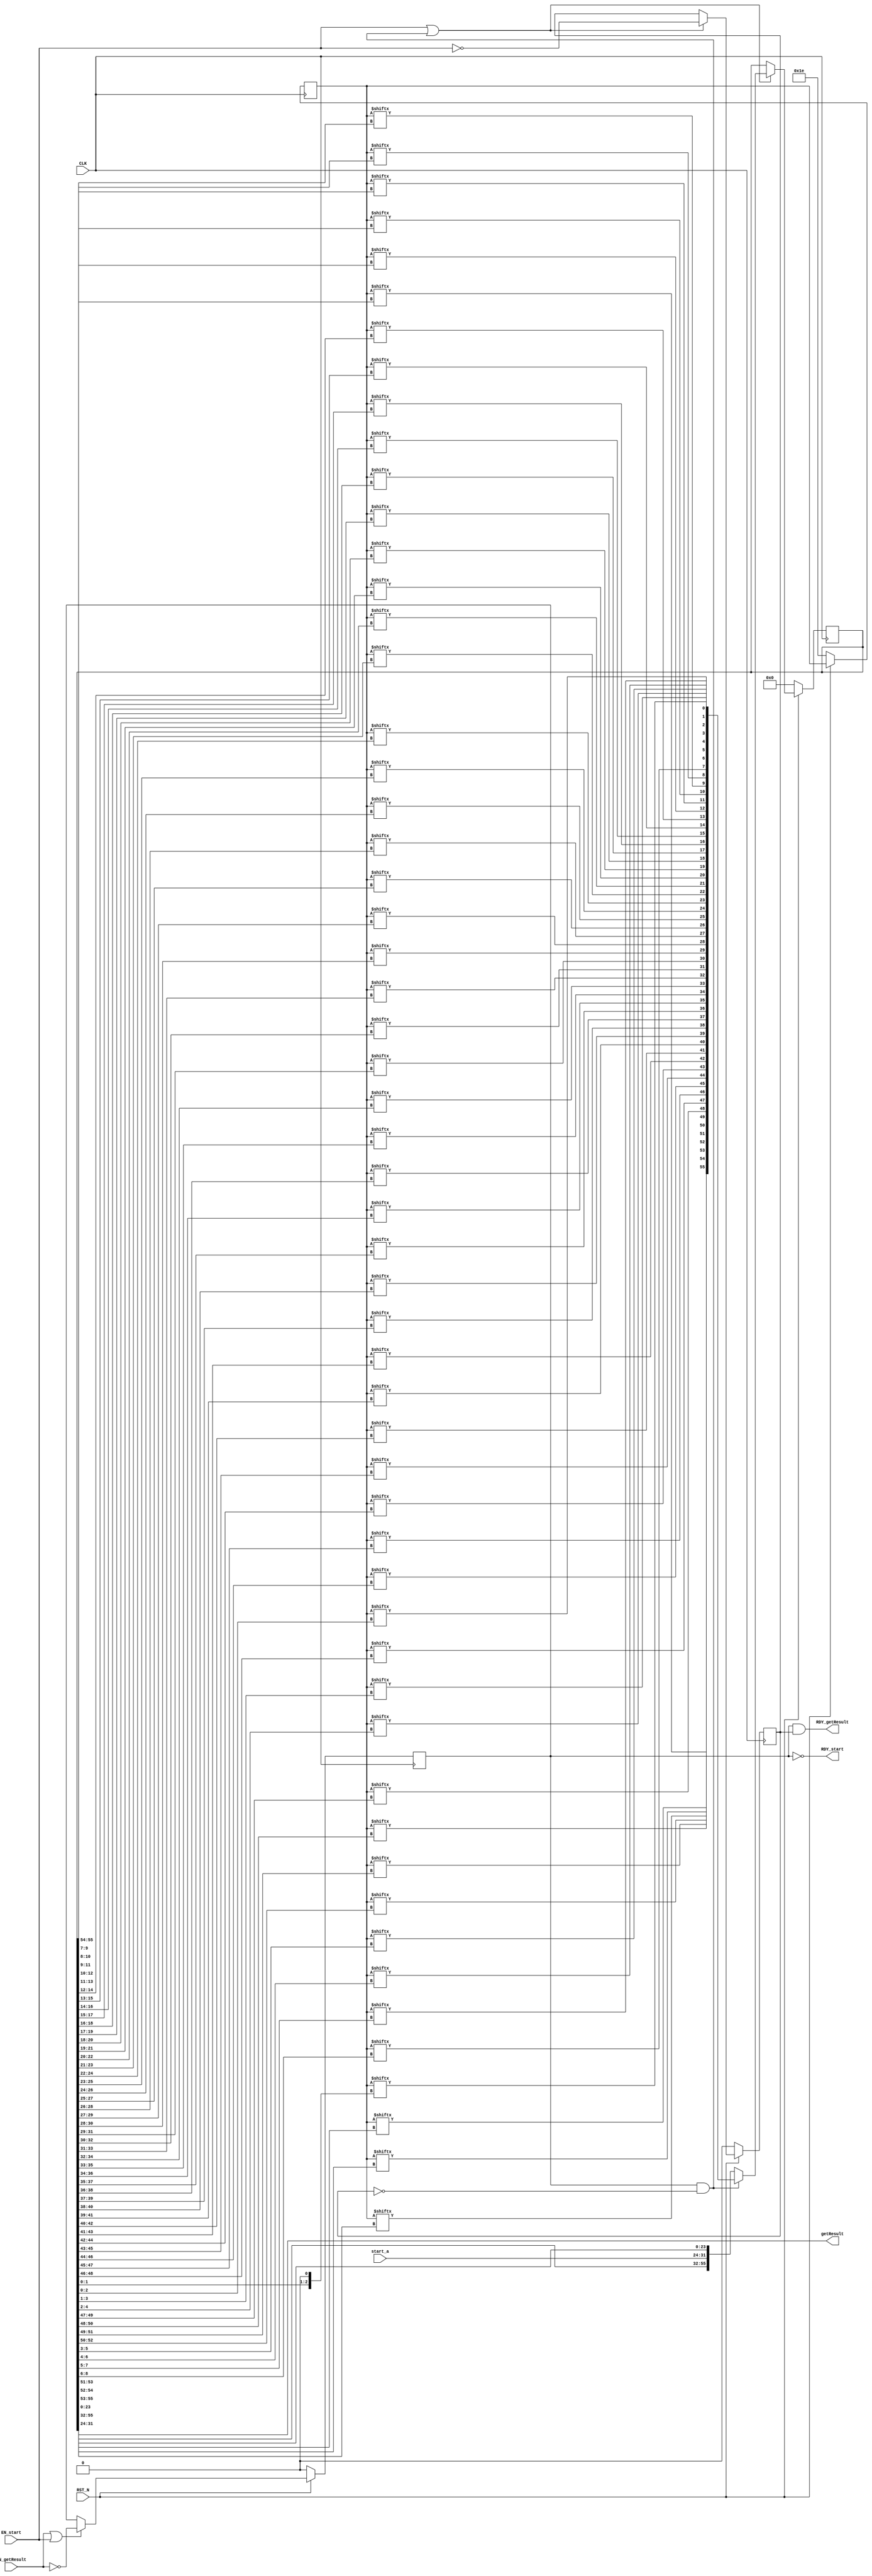
//
// Generated by Bluespec Compiler, version 2024.01-1-g4d953407 (build 4d953407)
//
// On Thu Apr 18 23:03:51 EDT 2024
//
//
// Ports:
// Name                         I/O  size props
// RDY_start                      O     1
// getResult                      O     8 reg
// RDY_getResult                  O     1
// CLK                            I     1 clock
// RST_N                          I     1 reset
// start_a                        I     8
// EN_start                       I     1
// EN_getResult                   I     1
//
// No combinational paths from inputs to outputs
//
//

`ifdef BSV_ASSIGNMENT_DELAY
`else
  `define BSV_ASSIGNMENT_DELAY
`endif

`ifdef BSV_POSITIVE_RESET
  `define BSV_RESET_VALUE 1'b1
  `define BSV_RESET_EDGE posedge
`else
  `define BSV_RESET_VALUE 1'b0
  `define BSV_RESET_EDGE negedge
`endif

module mkRule30(CLK,
		RST_N,

		start_a,
		EN_start,
		RDY_start,

		EN_getResult,
		getResult,
		RDY_getResult);
  input  CLK;
  input  RST_N;

  // action method start
  input  [7 : 0] start_a;
  input  EN_start;
  output RDY_start;

  // actionvalue method getResult
  input  EN_getResult;
  output [7 : 0] getResult;
  output RDY_getResult;

  // signals for module outputs
  wire [7 : 0] getResult;
  wire RDY_getResult, RDY_start;

  // register busy_flag
  reg busy_flag;
  wire busy_flag$D_IN, busy_flag$EN;

  // register r30
  reg [7 : 0] r30;
  wire [7 : 0] r30$D_IN;
  wire r30$EN;

  // register step_complete
  reg step_complete;
  wire step_complete$D_IN, step_complete$EN;

  // register x
  reg [55 : 0] x;
  wire [55 : 0] x$D_IN;
  wire x$EN;

  // rule scheduling signals
  wire CAN_FIRE_RL_stepper,
       CAN_FIRE_getResult,
       CAN_FIRE_start,
       WILL_FIRE_RL_stepper,
       WILL_FIRE_getResult,
       WILL_FIRE_start;

  // inputs to muxes for submodule ports
  wire [55 : 0] MUX_x$write_1__VAL_1, MUX_x$write_1__VAL_2;

  // remaining internal signals
  wire [51 : 0] r30_BIT_x_BITS_52_TO_50_6_7_CONCAT_r30_BIT_x_B_ETC___d146;
  wire [47 : 0] r30_BIT_x_BITS_48_TO_46_4_5_CONCAT_r30_BIT_x_B_ETC___d144;
  wire [43 : 0] r30_BIT_x_BITS_44_TO_42_2_3_CONCAT_r30_BIT_x_B_ETC___d142;
  wire [39 : 0] r30_BIT_x_BITS_40_TO_38_0_1_CONCAT_r30_BIT_x_B_ETC___d140;
  wire [35 : 0] r30_BIT_x_BITS_36_TO_34_8_9_CONCAT_r30_BIT_x_B_ETC___d138;
  wire [31 : 0] r30_BIT_x_BITS_32_TO_30_6_7_CONCAT_r30_BIT_x_B_ETC___d136;
  wire [27 : 0] r30_BIT_x_BITS_28_TO_26_4_5_CONCAT_r30_BIT_x_B_ETC___d134;
  wire [23 : 0] r30_BIT_x_BITS_24_TO_22_2_3_CONCAT_r30_BIT_x_B_ETC___d132;
  wire [19 : 0] r30_BIT_x_BITS_20_TO_18_0_1_CONCAT_r30_BIT_x_B_ETC___d130;
  wire [15 : 0] r30_BIT_x_BITS_16_TO_14_8_9_CONCAT_r30_BIT_x_B_ETC___d128;
  wire [11 : 0] r30_BIT_x_BITS_12_TO_10_6_7_CONCAT_r30_BIT_x_B_ETC___d126;
  wire [7 : 0] r30_BIT_x_BITS_8_TO_6_04_05_CONCAT_r30_BIT_x_B_ETC___d124;
  wire [3 : 0] r30_BIT_x_BITS_4_TO_2_12_13_CONCAT_r30_BIT_x_B_ETC___d122;
  wire [2 : 0] b0__h167, b55__h222;

  // action method start
  assign RDY_start = !busy_flag ;
  assign CAN_FIRE_start = !busy_flag ;
  assign WILL_FIRE_start = EN_start ;

  // actionvalue method getResult
  assign getResult = x[31:24] ;
  assign RDY_getResult = busy_flag && step_complete ;
  assign CAN_FIRE_getResult = busy_flag && step_complete ;
  assign WILL_FIRE_getResult = EN_getResult ;

  // rule RL_stepper
  assign CAN_FIRE_RL_stepper = busy_flag && !step_complete ;
  assign WILL_FIRE_RL_stepper = CAN_FIRE_RL_stepper ;

  // inputs to muxes for submodule ports
  assign MUX_x$write_1__VAL_1 =
	     { r30[b55__h222],
	       r30[x[55:53]],
	       r30[x[54:52]],
	       r30[x[53:51]],
	       r30_BIT_x_BITS_52_TO_50_6_7_CONCAT_r30_BIT_x_B_ETC___d146 } ;
  assign MUX_x$write_1__VAL_2 = { x[55:32], start_a, x[23:0] } ;

  // register busy_flag
  assign busy_flag$D_IN = !EN_getResult ;
  assign busy_flag$EN = EN_getResult || EN_start ;

  // register r30
  assign r30$D_IN = 8'h0 ;
  assign r30$EN = 1'b0 ;

  // register step_complete
  assign step_complete$D_IN = !EN_start ;
  assign step_complete$EN = EN_start || WILL_FIRE_RL_stepper ;

  // register x
  assign x$D_IN =
	     WILL_FIRE_RL_stepper ?
	       MUX_x$write_1__VAL_1 :
	       MUX_x$write_1__VAL_2 ;
  assign x$EN = WILL_FIRE_RL_stepper || EN_start ;

  // remaining internal signals
  assign b0__h167 = { x[1:0], 1'b0 } ;
  assign b55__h222 = { 1'b0, x[55:54] } ;
  assign r30_BIT_x_BITS_12_TO_10_6_7_CONCAT_r30_BIT_x_B_ETC___d126 =
	     { r30[x[12:10]],
	       r30[x[11:9]],
	       r30[x[10:8]],
	       r30[x[9:7]],
	       r30_BIT_x_BITS_8_TO_6_04_05_CONCAT_r30_BIT_x_B_ETC___d124 } ;
  assign r30_BIT_x_BITS_16_TO_14_8_9_CONCAT_r30_BIT_x_B_ETC___d128 =
	     { r30[x[16:14]],
	       r30[x[15:13]],
	       r30[x[14:12]],
	       r30[x[13:11]],
	       r30_BIT_x_BITS_12_TO_10_6_7_CONCAT_r30_BIT_x_B_ETC___d126 } ;
  assign r30_BIT_x_BITS_20_TO_18_0_1_CONCAT_r30_BIT_x_B_ETC___d130 =
	     { r30[x[20:18]],
	       r30[x[19:17]],
	       r30[x[18:16]],
	       r30[x[17:15]],
	       r30_BIT_x_BITS_16_TO_14_8_9_CONCAT_r30_BIT_x_B_ETC___d128 } ;
  assign r30_BIT_x_BITS_24_TO_22_2_3_CONCAT_r30_BIT_x_B_ETC___d132 =
	     { r30[x[24:22]],
	       r30[x[23:21]],
	       r30[x[22:20]],
	       r30[x[21:19]],
	       r30_BIT_x_BITS_20_TO_18_0_1_CONCAT_r30_BIT_x_B_ETC___d130 } ;
  assign r30_BIT_x_BITS_28_TO_26_4_5_CONCAT_r30_BIT_x_B_ETC___d134 =
	     { r30[x[28:26]],
	       r30[x[27:25]],
	       r30[x[26:24]],
	       r30[x[25:23]],
	       r30_BIT_x_BITS_24_TO_22_2_3_CONCAT_r30_BIT_x_B_ETC___d132 } ;
  assign r30_BIT_x_BITS_32_TO_30_6_7_CONCAT_r30_BIT_x_B_ETC___d136 =
	     { r30[x[32:30]],
	       r30[x[31:29]],
	       r30[x[30:28]],
	       r30[x[29:27]],
	       r30_BIT_x_BITS_28_TO_26_4_5_CONCAT_r30_BIT_x_B_ETC___d134 } ;
  assign r30_BIT_x_BITS_36_TO_34_8_9_CONCAT_r30_BIT_x_B_ETC___d138 =
	     { r30[x[36:34]],
	       r30[x[35:33]],
	       r30[x[34:32]],
	       r30[x[33:31]],
	       r30_BIT_x_BITS_32_TO_30_6_7_CONCAT_r30_BIT_x_B_ETC___d136 } ;
  assign r30_BIT_x_BITS_40_TO_38_0_1_CONCAT_r30_BIT_x_B_ETC___d140 =
	     { r30[x[40:38]],
	       r30[x[39:37]],
	       r30[x[38:36]],
	       r30[x[37:35]],
	       r30_BIT_x_BITS_36_TO_34_8_9_CONCAT_r30_BIT_x_B_ETC___d138 } ;
  assign r30_BIT_x_BITS_44_TO_42_2_3_CONCAT_r30_BIT_x_B_ETC___d142 =
	     { r30[x[44:42]],
	       r30[x[43:41]],
	       r30[x[42:40]],
	       r30[x[41:39]],
	       r30_BIT_x_BITS_40_TO_38_0_1_CONCAT_r30_BIT_x_B_ETC___d140 } ;
  assign r30_BIT_x_BITS_48_TO_46_4_5_CONCAT_r30_BIT_x_B_ETC___d144 =
	     { r30[x[48:46]],
	       r30[x[47:45]],
	       r30[x[46:44]],
	       r30[x[45:43]],
	       r30_BIT_x_BITS_44_TO_42_2_3_CONCAT_r30_BIT_x_B_ETC___d142 } ;
  assign r30_BIT_x_BITS_4_TO_2_12_13_CONCAT_r30_BIT_x_B_ETC___d122 =
	     { r30[x[4:2]], r30[x[3:1]], r30[x[2:0]], r30[b0__h167] } ;
  assign r30_BIT_x_BITS_52_TO_50_6_7_CONCAT_r30_BIT_x_B_ETC___d146 =
	     { r30[x[52:50]],
	       r30[x[51:49]],
	       r30[x[50:48]],
	       r30[x[49:47]],
	       r30_BIT_x_BITS_48_TO_46_4_5_CONCAT_r30_BIT_x_B_ETC___d144 } ;
  assign r30_BIT_x_BITS_8_TO_6_04_05_CONCAT_r30_BIT_x_B_ETC___d124 =
	     { r30[x[8:6]],
	       r30[x[7:5]],
	       r30[x[6:4]],
	       r30[x[5:3]],
	       r30_BIT_x_BITS_4_TO_2_12_13_CONCAT_r30_BIT_x_B_ETC___d122 } ;

  // handling of inlined registers

  always@(posedge CLK)
  begin
    if (RST_N == `BSV_RESET_VALUE)
      begin
        busy_flag <= `BSV_ASSIGNMENT_DELAY 1'd0;
	r30 <= `BSV_ASSIGNMENT_DELAY 8'd30;
	step_complete <= `BSV_ASSIGNMENT_DELAY 1'd0;
	x <= `BSV_ASSIGNMENT_DELAY 56'd0;
      end
    else
      begin
        if (busy_flag$EN) busy_flag <= `BSV_ASSIGNMENT_DELAY busy_flag$D_IN;
	if (r30$EN) r30 <= `BSV_ASSIGNMENT_DELAY r30$D_IN;
	if (step_complete$EN)
	  step_complete <= `BSV_ASSIGNMENT_DELAY step_complete$D_IN;
	if (x$EN) x <= `BSV_ASSIGNMENT_DELAY x$D_IN;
      end
  end

endmodule  // mkRule30